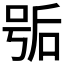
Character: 𰇱